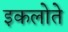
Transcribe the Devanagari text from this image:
इकलोते